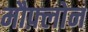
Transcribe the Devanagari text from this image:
मौफ़्लोन